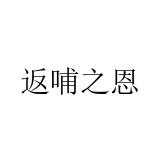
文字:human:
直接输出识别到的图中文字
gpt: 返哺之恩